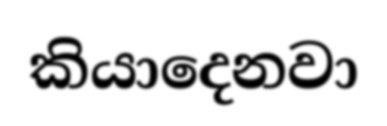
කියාදෙනවා